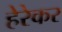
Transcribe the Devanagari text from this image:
हेरेकर